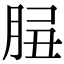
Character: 𦛑